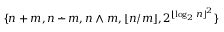
\{ n + m , n \, { \stackrel { . } { - } } \, m , n \wedge m , \lfloor n / m \rfloor , 2 ^ { \lfloor \log _ { 2 } n \rfloor ^ { 2 } } \}